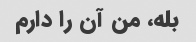
بله، من آن را دارم